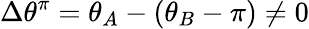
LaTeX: \Delta\theta^{\pi}=\theta_{A}-(\theta_{B}-\pi)\neq 0